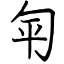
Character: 匉